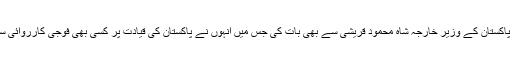
محکمۂ خارجہ کے بیان میں کہا گیا ہے کہ مائیک پومپیو نے پاکستان کے وزیرِ خارجہ شاہ محمود قریشی سے بھی بات کی جس میں انہوں نے پاکستان کی قیادت پر کسی بھی فوجی کارروائی سے گریز کرنے اور موجودہ کشیدگی کو کم کرنے پر زور دیا۔